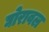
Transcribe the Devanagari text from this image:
घोरावल